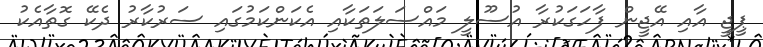
ޕީޖީ އާއި އޭޖީން ފާހަގަކުރާ އުސޫލީ މައްސަލަތަކާއި އެކަންކަމުގައި ސަރުކާރު ދެކޭ ގޮތާއެކު